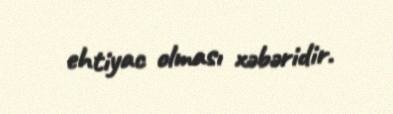
ehtiyac olması xəbəridir.